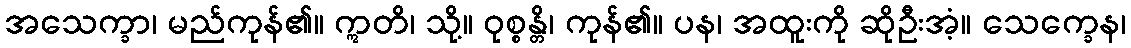
အသေက္ခာ၊ မည်ကုန်၏။ ဣတိ၊ သို့။ ဝုစ္စန္တိ၊ ကုန်၏။ ပန၊ အထူးကို ဆိုဦးအံ့။ သေက္ခေန၊